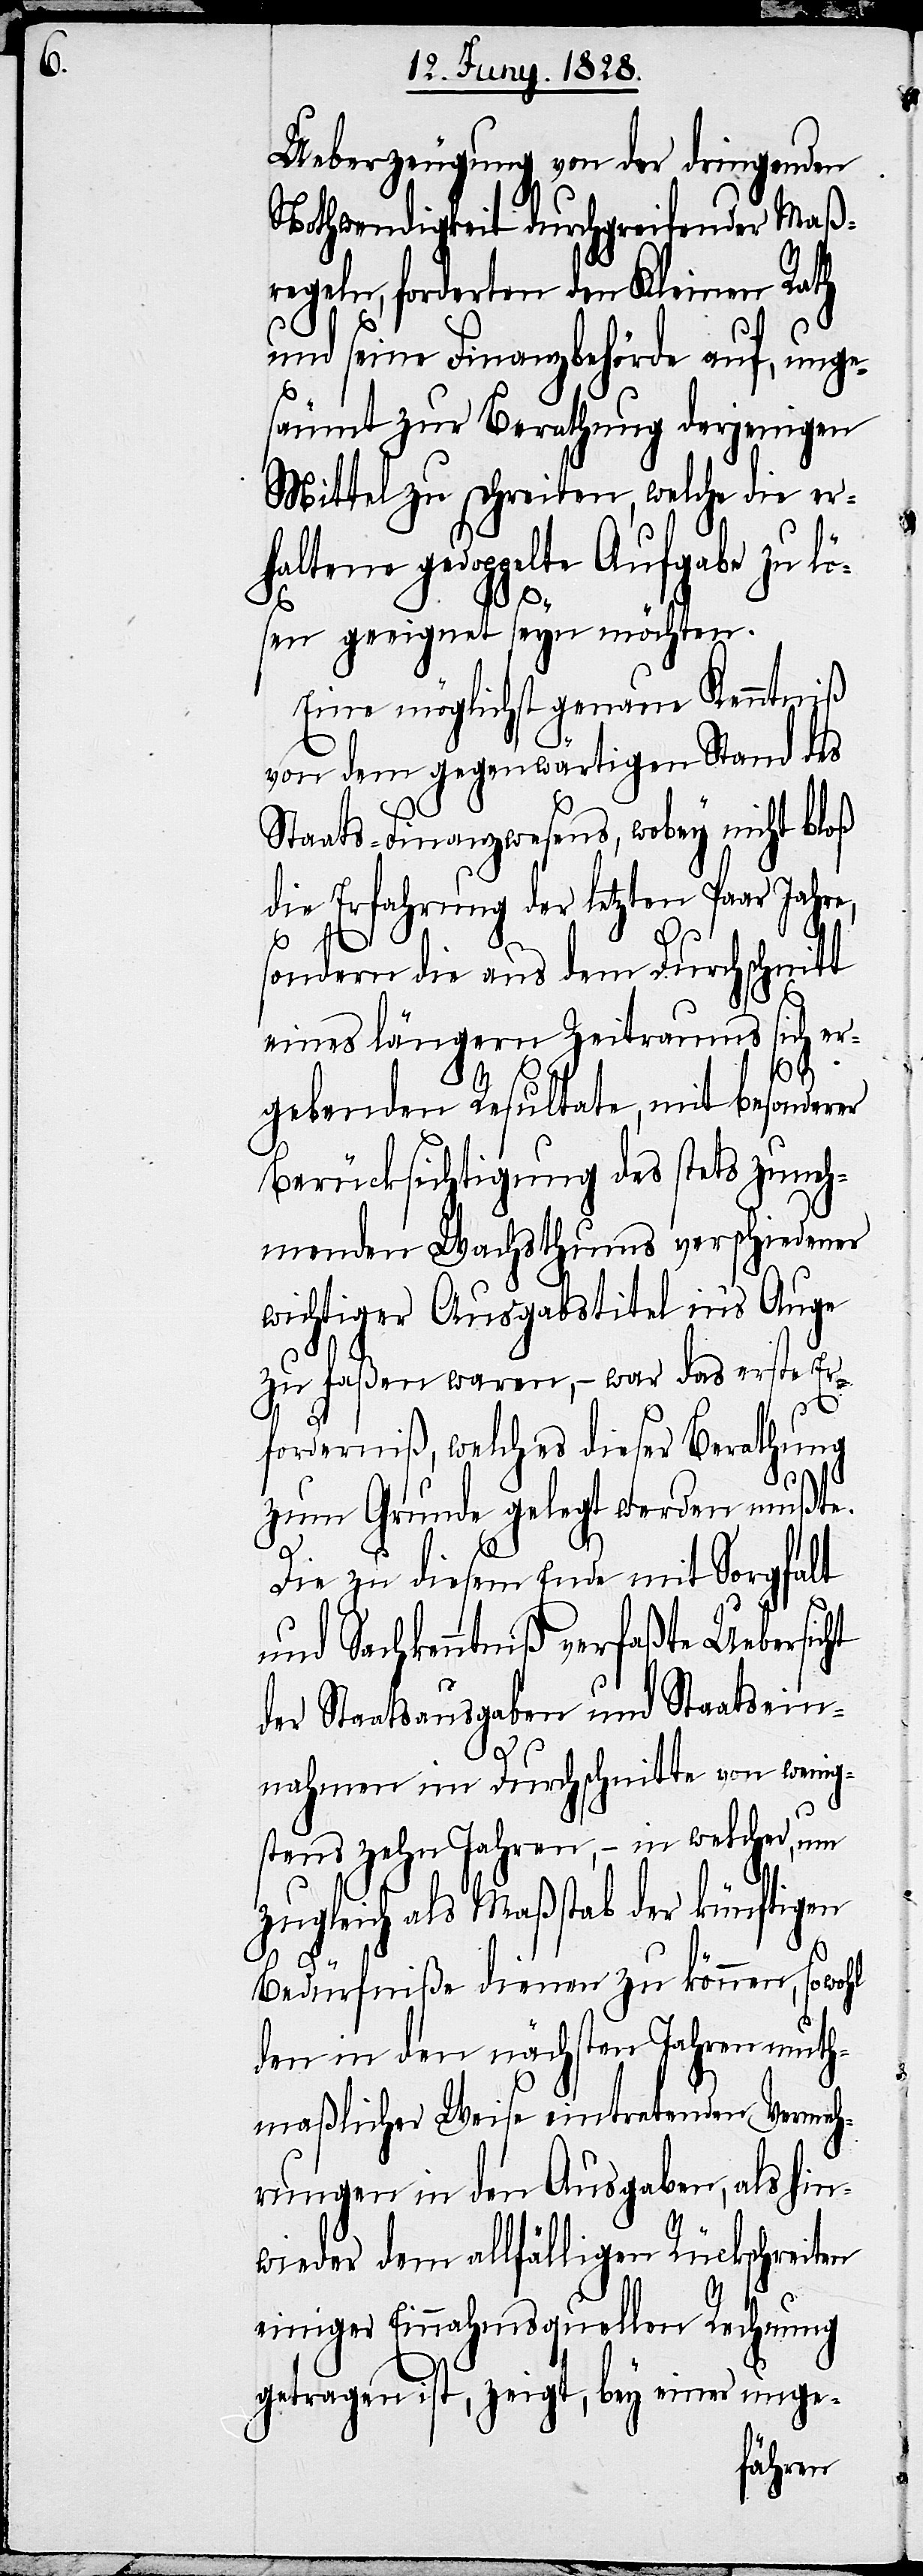
Ueberzeugung von der dringenden
Nothwendigkeit durchgreifender Maß¬
regeln, forderten den Kleinen Rath
und seine Finanzbehörde auf, unge¬
säumt zur Berathung derjenigen
Mittel zu schreiten, welche die er¬
haltene gedoppelte Aufgabe zu lö¬
sen geeignet seyn möchten.
Eine möglichst genaue Kenntniß
von dem gegenwärtigen Stand des
Staats-Finanzwesens, wobey nicht bloß
die Erfahrung der letzten Paar Jahre,
sondern die aus dem Durchschnitt
eines längern Zeitraums sich er¬
gebenden Resultate, mit besonderer
Berücksichtigung des stets zuneh¬
menden Wachsthums verschiedener
wichtiger Ausgabstitel in‘s Auge
zu faßen waren, – war das erste Er¬
forderniß, welches dieser Berathung
zum Grunde gelegt werden mußte.
Die zu diesem Ende mit Sorgfalt
und Sachkenntniß verfaßte Uebersicht
der Staatsausgaben und Staatsein¬
nahmen im Durchschnitte von wenig¬
stens zehn Jahren, – in welcher, um
zugleich als Maßstab der künftigen,
dem in den nächsten Jahren muth¬
maßlicher Weise eintretenden Vermeh¬
rungen in den Ausgaben, als hin¬
wieder dem allfälligen Rückschreiten
einiger Einnahmsquellen Rechnung
getragen ist, zeigt, bey einer